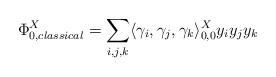
LaTeX: \begin{align*}\Phi_{0, classical}^X = \sum_{i,j,k} \langle \gamma_i, \gamma_j, \gamma_k\rangle_{0,0}^X y_i y_j y_k\end{align*}